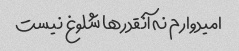
امیدوارم نه آنقدرها شلوغ نیست